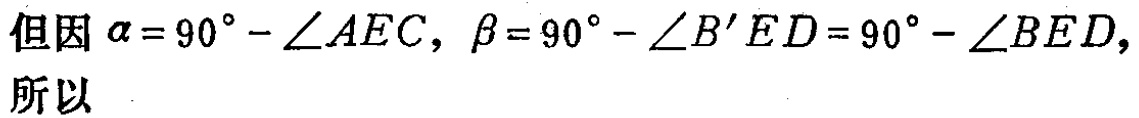
但因\(\alpha = 90^{\circ}-\angle AEC\)，\(\beta = 90^{\circ}-\angle B'ED = 90^{\circ}-\angle BED\)，

所以